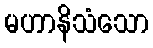
မဟာနိသံသော